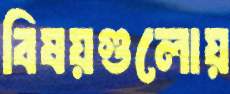
বিষয়গুলোয়